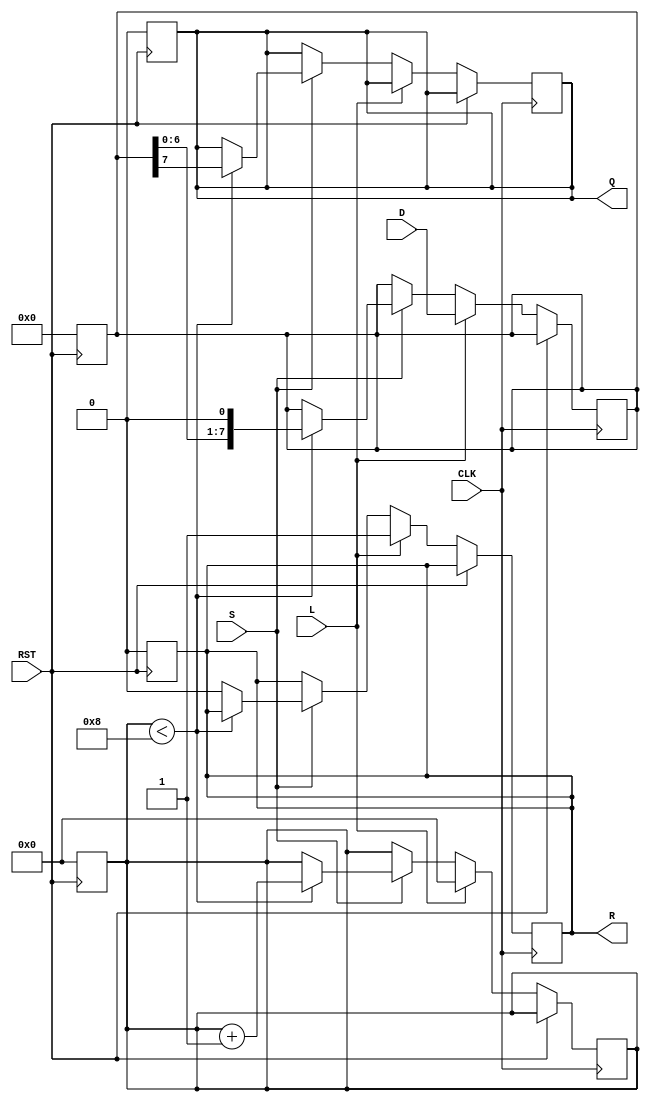
module PISO_Register (
    input wire [7:0] D,      // 8-bit Data Input
    input wire L,            // Load Control Signal
    input wire S,            // Shift Control Signal
    input wire CLK,          // Clock Signal
    input wire RST,          // Asynchronous Reset Signal
    output reg Q,            // Serial Output
    output reg R             // Ready Output
);

    reg [7:0] SR;            // Shift Register
    reg [3:0] CNT;           // Counter for number of bits shifted out

    // Asynchronous Reset
    always @(posedge RST) begin
        SR <= 8'b0;          // Clear the Shift Register
        CNT <= 4'b0;        // Reset the Counter
        Q <= 1'b0;          // Clear Serial Output
        R <= 1'b0;          // Clear Ready Output
    end

    // Load and Shift Operations
    always @(posedge CLK) begin
        if (RST) begin
            // Do nothing, already handled by asynchronous reset
        end else if (L) begin
            // Load operation
            SR <= D;         // Load data into Shift Register
            CNT <= 4'b0;     // Reset the Counter
            R <= 1'b1;       // Set Ready Output
        end else if (S) begin
            // Shift operation
            if (CNT < 4'd8) begin
                Q <= SR[7];   // Output the MSB
                SR <= {SR[6:0], 1'b0}; // Shift right
                CNT <= CNT + 1; // Increment the Counter
            end else begin
                R <= 1'b0;     // Clear Ready Output when done
            end
        end
    end

endmodule